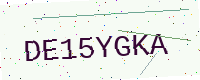
Text: DE15YGKA